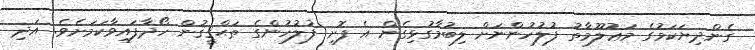
ގެންދިޔަކަމުގެ މަޢުލޫމާތު ފުލުހުންނަށް ލިބުމާގުޅިގެން އެ ފޮށި ފުލުހުންގެ ތަޙްޤީޤުން ހޯދާފައިވާކަމަށެވެ. އަދި